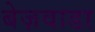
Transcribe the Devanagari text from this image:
बेज़वाडा